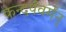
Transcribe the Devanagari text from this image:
कन्दर्पवर्मन्